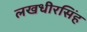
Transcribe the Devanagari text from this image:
लखधीरसिंह